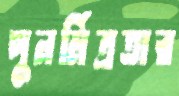
পুনর্মিত্রতার